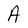
Character: A